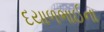
દયાળભાઈના